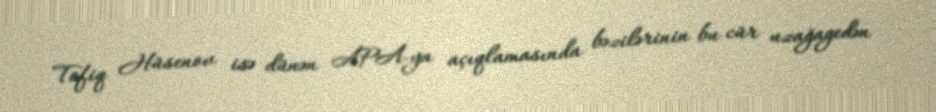
Tofiq Hüsenov isə dünən APA-ya açıqlamasında bəzilərinin bu cür uzağagedən